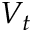
V _ { t }